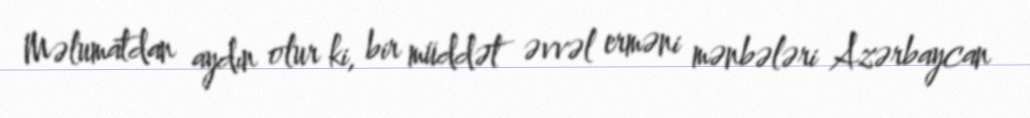
Məlumatdan aydın olur ki, bir müddət əvvəl erməni mənbələri Azərbaycan